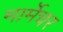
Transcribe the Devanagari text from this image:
मार्मेचर